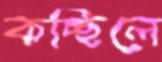
কচ্ছিলে